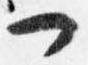
一